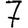
Digit: 7